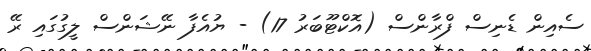
ސެއިން ޑެނިސް ފްރާންސް (އޮކްޓޫބަރު 17) - ޔުއެފާ ނޭޝަންސް ލީގުގައި ރޭ